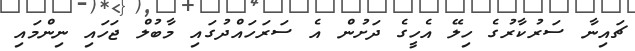
ޗައިނާ ސަރުކާރުގެ ހިލޭ އެހީގެ ދަށުން އެ ސަރަހައްދުގައި މާބުލް ޖަހައި ނިންމައި